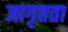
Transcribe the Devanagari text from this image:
जागृतता